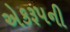
એકરૂપની